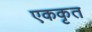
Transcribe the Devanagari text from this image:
एककृत